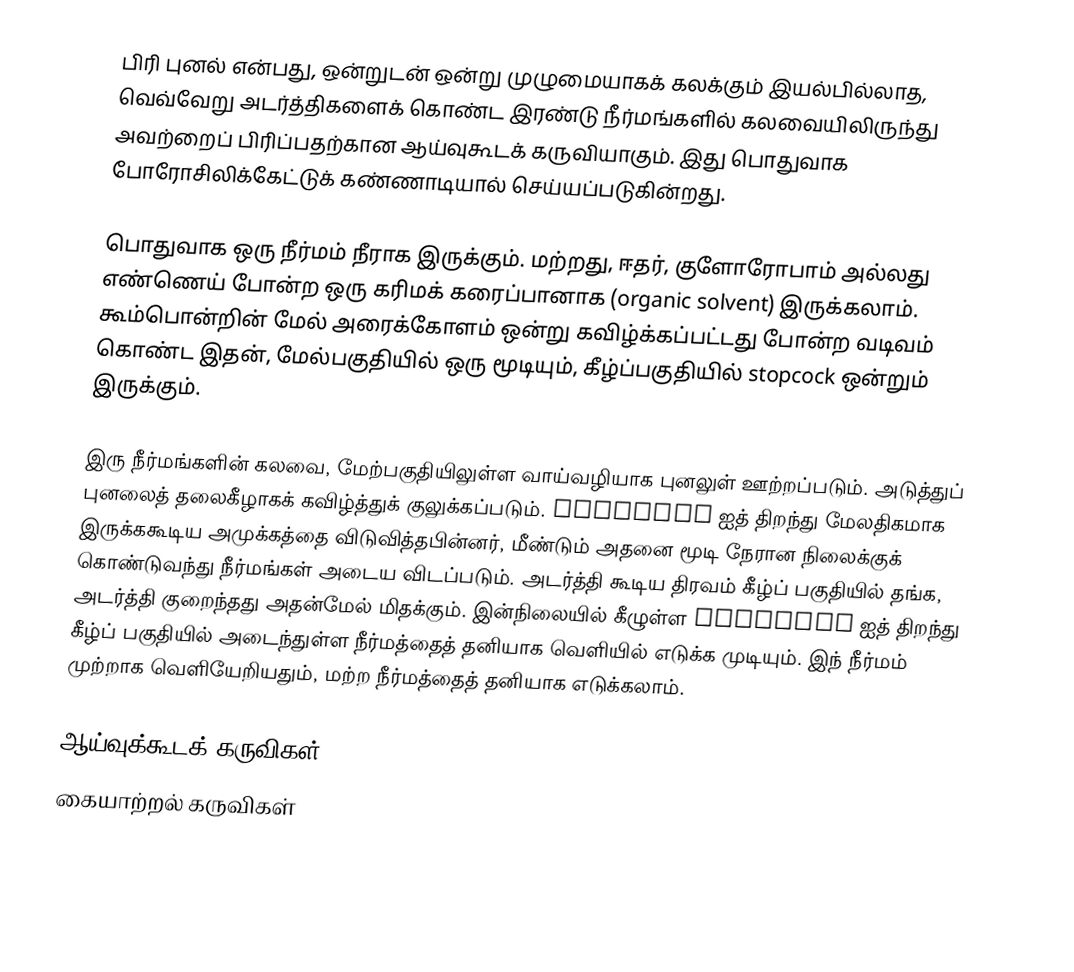
பிரி புனல் என்பது, ஒன்றுடன் ஒன்று முழுமையாகக் கலக்கும் இயல்பில்லாத, வெவ்வேறு அடர்த்திகளைக் கொண்ட இரண்டு நீர்மங்களில் கலவையிலிருந்து அவற்றைப் பிரிப்பதற்கான ஆய்வுகூடக் கருவியாகும். இது பொதுவாக போரோசிலிக்கேட்டுக் கண்ணாடியால் செய்யப்படுகின்றது.

பொதுவாக ஒரு நீர்மம் நீராக இருக்கும். மற்றது, ஈதர், குளோரோபாம் அல்லது எண்ணெய் போன்ற ஒரு கரிமக் கரைப்பானாக (organic solvent) இருக்கலாம். கூம்பொன்றின் மேல் அரைக்கோளம் ஒன்று கவிழ்க்கப்பட்டது போன்ற வடிவம் கொண்ட இதன், மேல்பகுதியில் ஒரு மூடியும், கீழ்ப்பகுதியில் stopcock ஒன்றும் இருக்கும்.

இரு நீர்மங்களின் கலவை, மேற்பகுதியிலுள்ள வாய்வழியாக புனலுள் ஊற்றப்படும். அடுத்துப் புனலைத் தலைகீழாகக் கவிழ்த்துக் குலுக்கப்படும். stopcock ஐத் திறந்து மேலதிகமாக இருக்ககூடிய அமுக்கத்தை விடுவித்தபின்னர், மீண்டும் அதனை மூடி நேரான நிலைக்குக் கொண்டுவந்து நீர்மங்கள் அடைய விடப்படும். அடர்த்தி கூடிய திரவம் கீழ்ப் பகுதியில் தங்க, அடர்த்தி குறைந்தது அதன்மேல் மிதக்கும். இன்நிலையில் கீழுள்ள stopcock ஐத் திறந்து கீழ்ப் பகுதியில் அடைந்துள்ள நீர்மத்தைத் தனியாக வெளியில் எடுக்க முடியும். இந் நீர்மம் முற்றாக வெளியேறியதும், மற்ற நீர்மத்தைத் தனியாக எடுக்கலாம்.

ஆய்வுக்கூடக் கருவிகள்
கையாற்றல் கருவிகள்